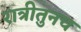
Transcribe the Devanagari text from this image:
रात्रीतुनच